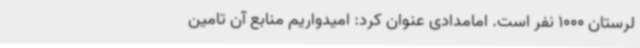
لرستان 1000 نفر است. امامدادی عنوان کرد: امیدواریم منابع آن تامین